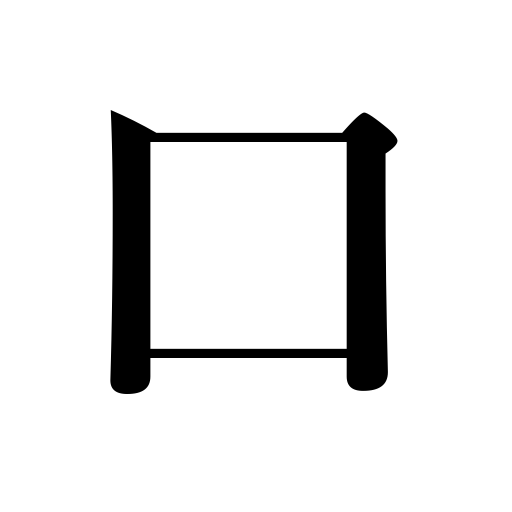
Meanings: one's taste,entrance,words,speech,aperture,rumor,route,gate,nozzle,ascent,slit,opening of a boil,plug,call for a doctor,share,brand,beginning,job,lips,kind,orifice,lot,mouth,stopper,door,employment